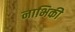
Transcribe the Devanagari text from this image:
नाभिकी